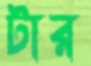
টার